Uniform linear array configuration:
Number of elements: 16
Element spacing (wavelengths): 0.5
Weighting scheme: kaiser
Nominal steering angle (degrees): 45
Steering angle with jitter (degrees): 43.702
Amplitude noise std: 0.05
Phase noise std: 0.05

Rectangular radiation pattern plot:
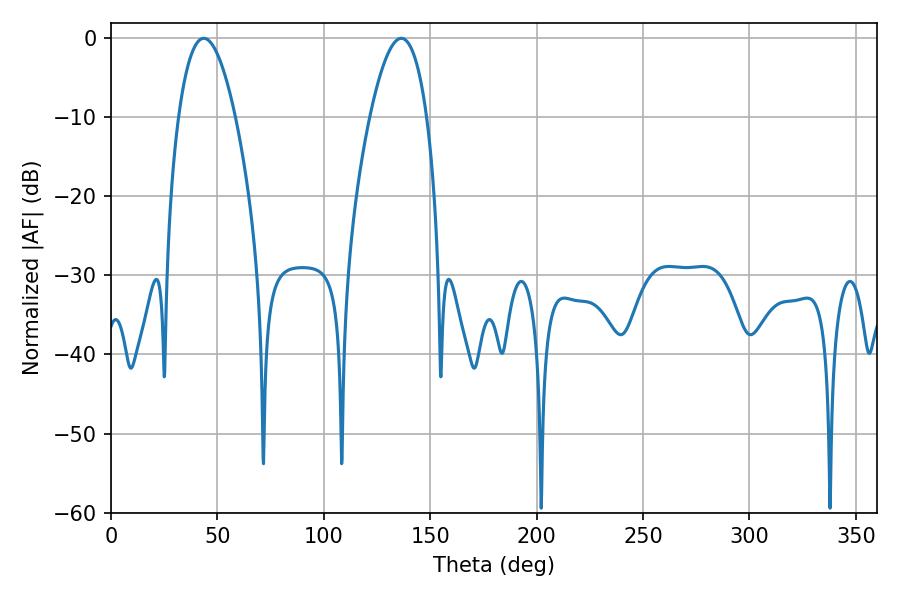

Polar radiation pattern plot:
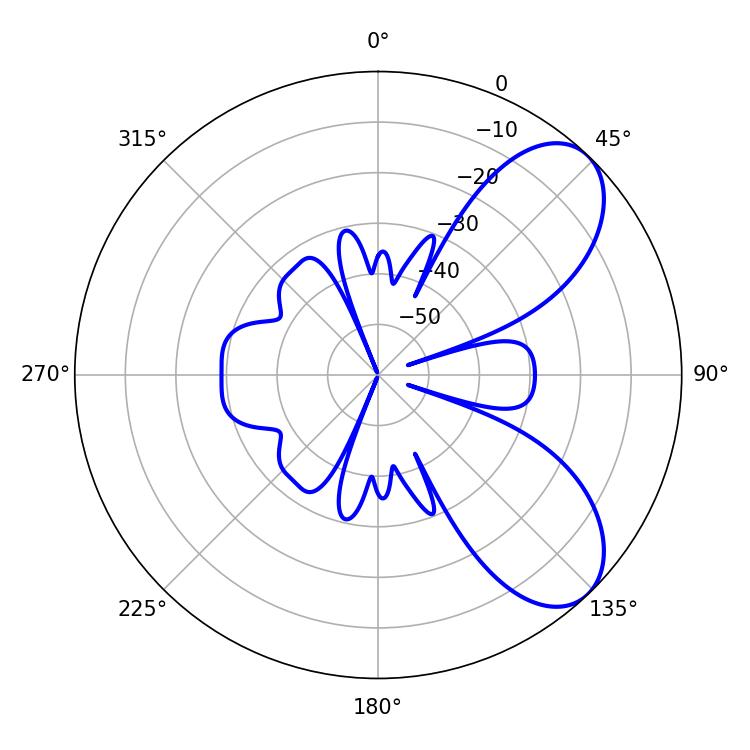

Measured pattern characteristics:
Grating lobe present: FALSE
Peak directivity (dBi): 7.19
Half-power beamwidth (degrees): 14.76
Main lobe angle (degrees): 43.56